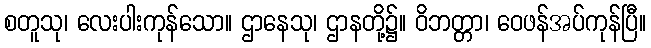
စတူသု၊ လေးပါးကုန်သော။ ဌာနေသု၊ ဌာနတို့၌။ ဝိဘတ္တာ၊ ဝေဖန်အပ်ကုန်ပြီ။